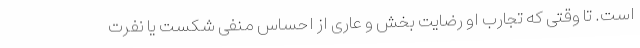
است. تا وقتی که تجارب او رضایت بخش و عاری از احساس منفی شکست یا نفرت